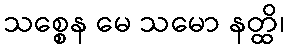
သစ္စေန မေ သမော နတ္ထိ၊